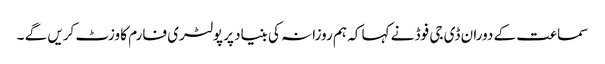
سماعت کے دوران ڈی جی فوڈ نے کہا کہ ہم روزانہ کی بنیاد پر پولٹری فارم کا وزٹ کریں گے ۔